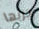
جربها